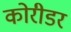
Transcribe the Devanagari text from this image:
कोरीडर